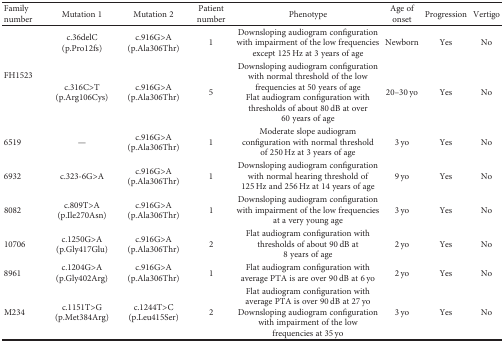
<table><thead><tr><td><b>Family number</b></td><td><b>Mutation 1</b></td><td><b>Mutation 2</b></td><td><b>Patient number</b></td><td><b>Phenotype</b></td><td><b>Age of onset</b></td><td><b>Progression</b></td><td><b>Vertigo</b></td></tr></thead><tbody><tr><td rowspan="2">FH1523</td><td>c.36delC (p.Pro12fs)</td><td>c.916G&gt;A (p.Ala306Thr)</td><td>1</td><td>Downsloping audiogram configuration with impairment of the low frequencies except 125 Hz at 3 years of age</td><td>Newborn</td><td>Yes</td><td>No</td></tr><tr><td>c.316C&gt;T (p.Arg106Cys)</td><td>c.916G&gt;A (p.Ala306Thr)</td><td>5</td><td>Downsloping audiogram configuration with normal threshold of the low frequencies at 50 years of ageFlat audiogram configuration with thresholds of about 80 dB at over 60 years of age</td><td>20–30 yo</td><td>Yes</td><td>No</td></tr><tr><td>6519</td><td>—</td><td>c.916G&gt;A (p.Ala306Thr)</td><td>1</td><td>Moderate slope audiogram configuration with normal threshold of 250 Hz at 3 years of age</td><td>3 yo</td><td>Yes</td><td>No</td></tr><tr><td>6932</td><td>c.323-6G&gt;A</td><td>c.916G&gt;A (p.Ala306Thr)</td><td>1</td><td>Downsloping audiogram configuration with normal hearing threshold of 125 Hz and 256 Hz at 14 years of age</td><td>9 yo</td><td>Yes</td><td>No</td></tr><tr><td>8082</td><td>c.809T&gt;A (p.Ile270Asn)</td><td>c.916G&gt;A (p.Ala306Thr)</td><td>1</td><td>Downsloping audiogram configuration with impairment of the low frequencies at a very young age</td><td>3 yo</td><td>Yes</td><td>No</td></tr><tr><td>10706</td><td>c.1250G&gt;A (p.Gly417Glu)</td><td>c.916G&gt;A (p.Ala306Thr)</td><td>2</td><td>Flat audiogram configuration with thresholds of about 90 dB at 8 years of age</td><td>2 yo</td><td>Yes</td><td>No</td></tr><tr><td>8961</td><td>c.1204G&gt;A (p.Gly402Arg)</td><td>c.916G&gt;A (p.Ala306Thr)</td><td>1</td><td>Flat audiogram configuration with average PTA is are over 90 dB at 6 yo</td><td>2 yo</td><td>Yes</td><td>No</td></tr><tr><td>M234</td><td>c.1151T&gt;G (p.Met384Arg)</td><td>c.1244T&gt;C (p.Leu415Ser)</td><td>2</td><td>Flat audiogram configuration with average PTA is over 90 dB at 27 yoDownsloping audiogram configuration with impairment of the low frequencies at 35 yo</td><td>3 yo</td><td>Yes</td><td>No</td></tr></tbody></table>